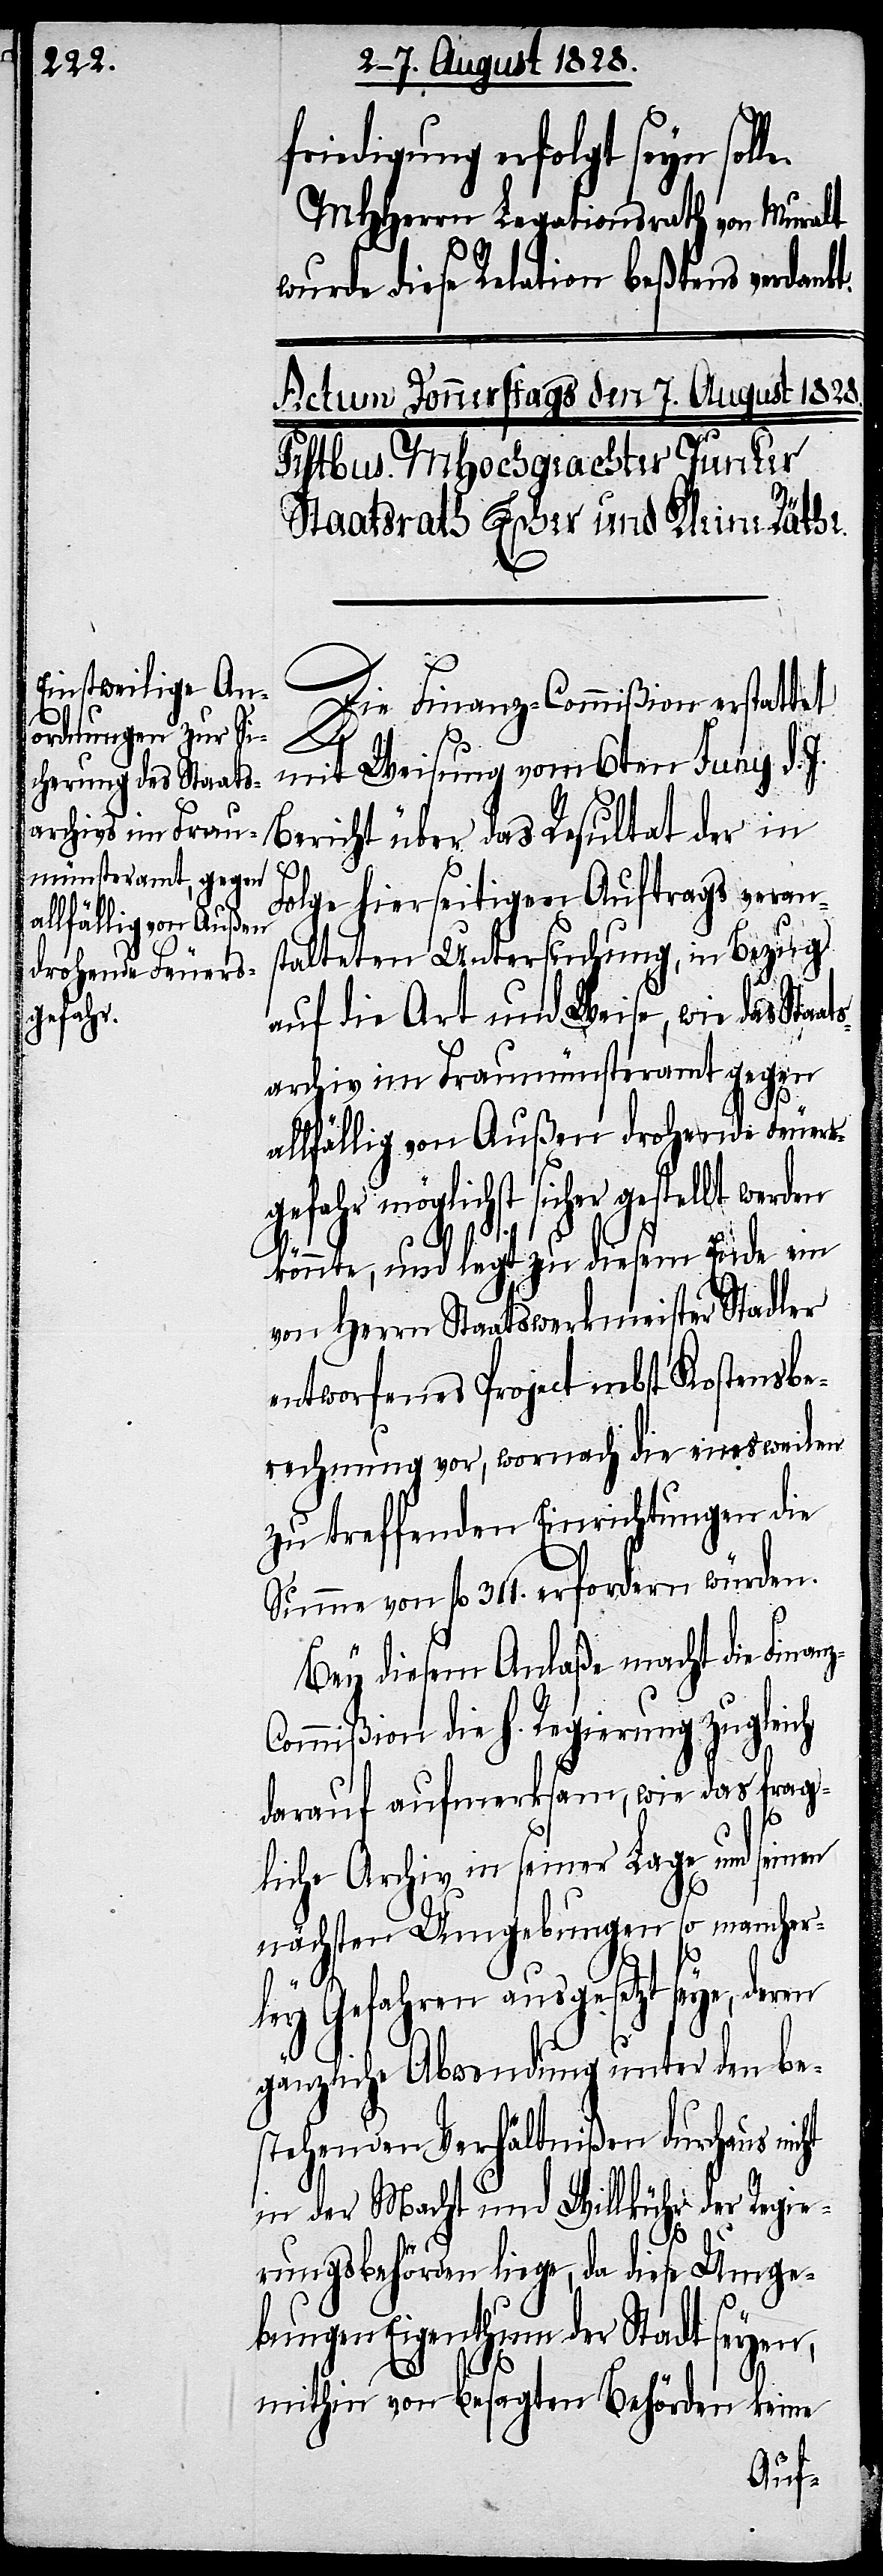
sarchiv im Frau¬
münsteramt gegen
allfällige von Außen
drohende Feuers¬
gefahr

friedigung erfolgt seyn sol¬
MHHerrn Legationsrath von Muralt
wurde diese Relation beßtens verdankt.
Die Finanz-Commißion erstattet
mit Weisung vom 6ten Juny d. J.
Bericht über das Resultat der in
Folge hierseitigen Auftrags verans¬
talteten Untersuchung, in Bezug
auf die Art und Weise, wie das Staa¬
möglichst sicher gestellt
könnte, und legt zu diesem Ende ein
von Herrn Staatswerkmeister Stadler
entworfenes Project nebst Kostenbe¬
rechnung vor, wornach die einesweilen
zu treffenden Einrichtungen die
Summe von fl. 311. erfordern würden.
Bey diesem Anlaße macht die Finan¬
ommißion die h. Regierung zugleich
darauf aufmerksam, wie das frag¬
liche Archiv in seiner Lage und seinen
ht
nächsten Umgebungen so mancher¬
z-C¬
ley Gefahren ausgesetzt seye, der¬
gänzliche Abwendung unter den be¬
stehenden Verhältnißen durchaus nic¬
in der Macht und Willkühr der Regie¬
rungsbehörden liege, da diese Umge¬
bungen Eigenthum der Stadt seyen,
le.
mithin von besagten Behörden keine